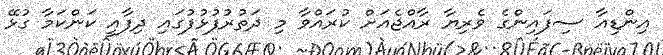
އިންޑިއާ ސިފައިންގެ ވެރިޔާ ރާއްޖެއަށް ކުރައްވާ މި ދަތުރުފުޅުފުގައި ދިފާއީ ކަންކަމާ ގުޅޭ